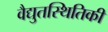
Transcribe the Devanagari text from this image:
वैद्युतस्थितिकी